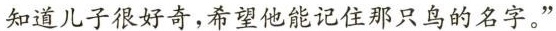
知道儿子很好奇，希望他能记住那只鸟的名字。”